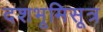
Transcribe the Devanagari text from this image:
दशभूमिसूत्र